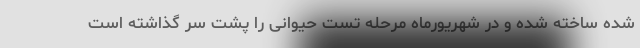
شده ساخته شده و در شهریورماه مرحله تست حیوانی را پشت سر گذاشته است